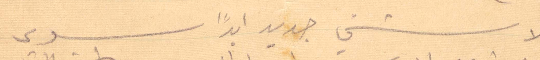
لا شيء جديد ابدًا سيدي